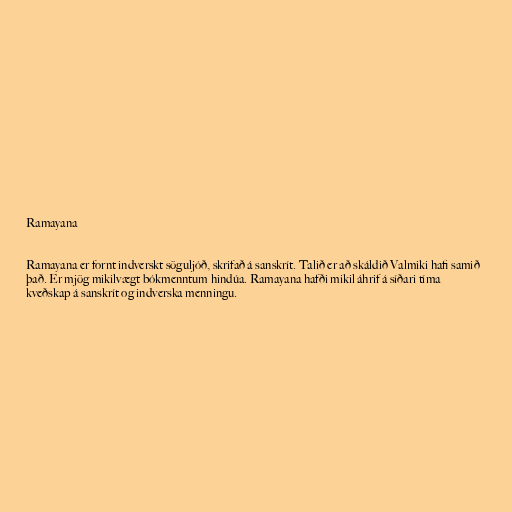
Ramayana

Ramayana er fornt indverskt söguljóð, skrifað á sanskrít. Talið er að skáldið Valmiki hafi samið
það. Er mjög mikilvægt bókmenntum hindúa. Ramayana hafði mikil áhrif á síðari tíma
kveðskap á sanskrít og indverska menningu.